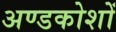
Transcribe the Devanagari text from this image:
अण्डकोशों